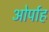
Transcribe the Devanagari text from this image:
ओर्पाह